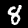
Digit: 8